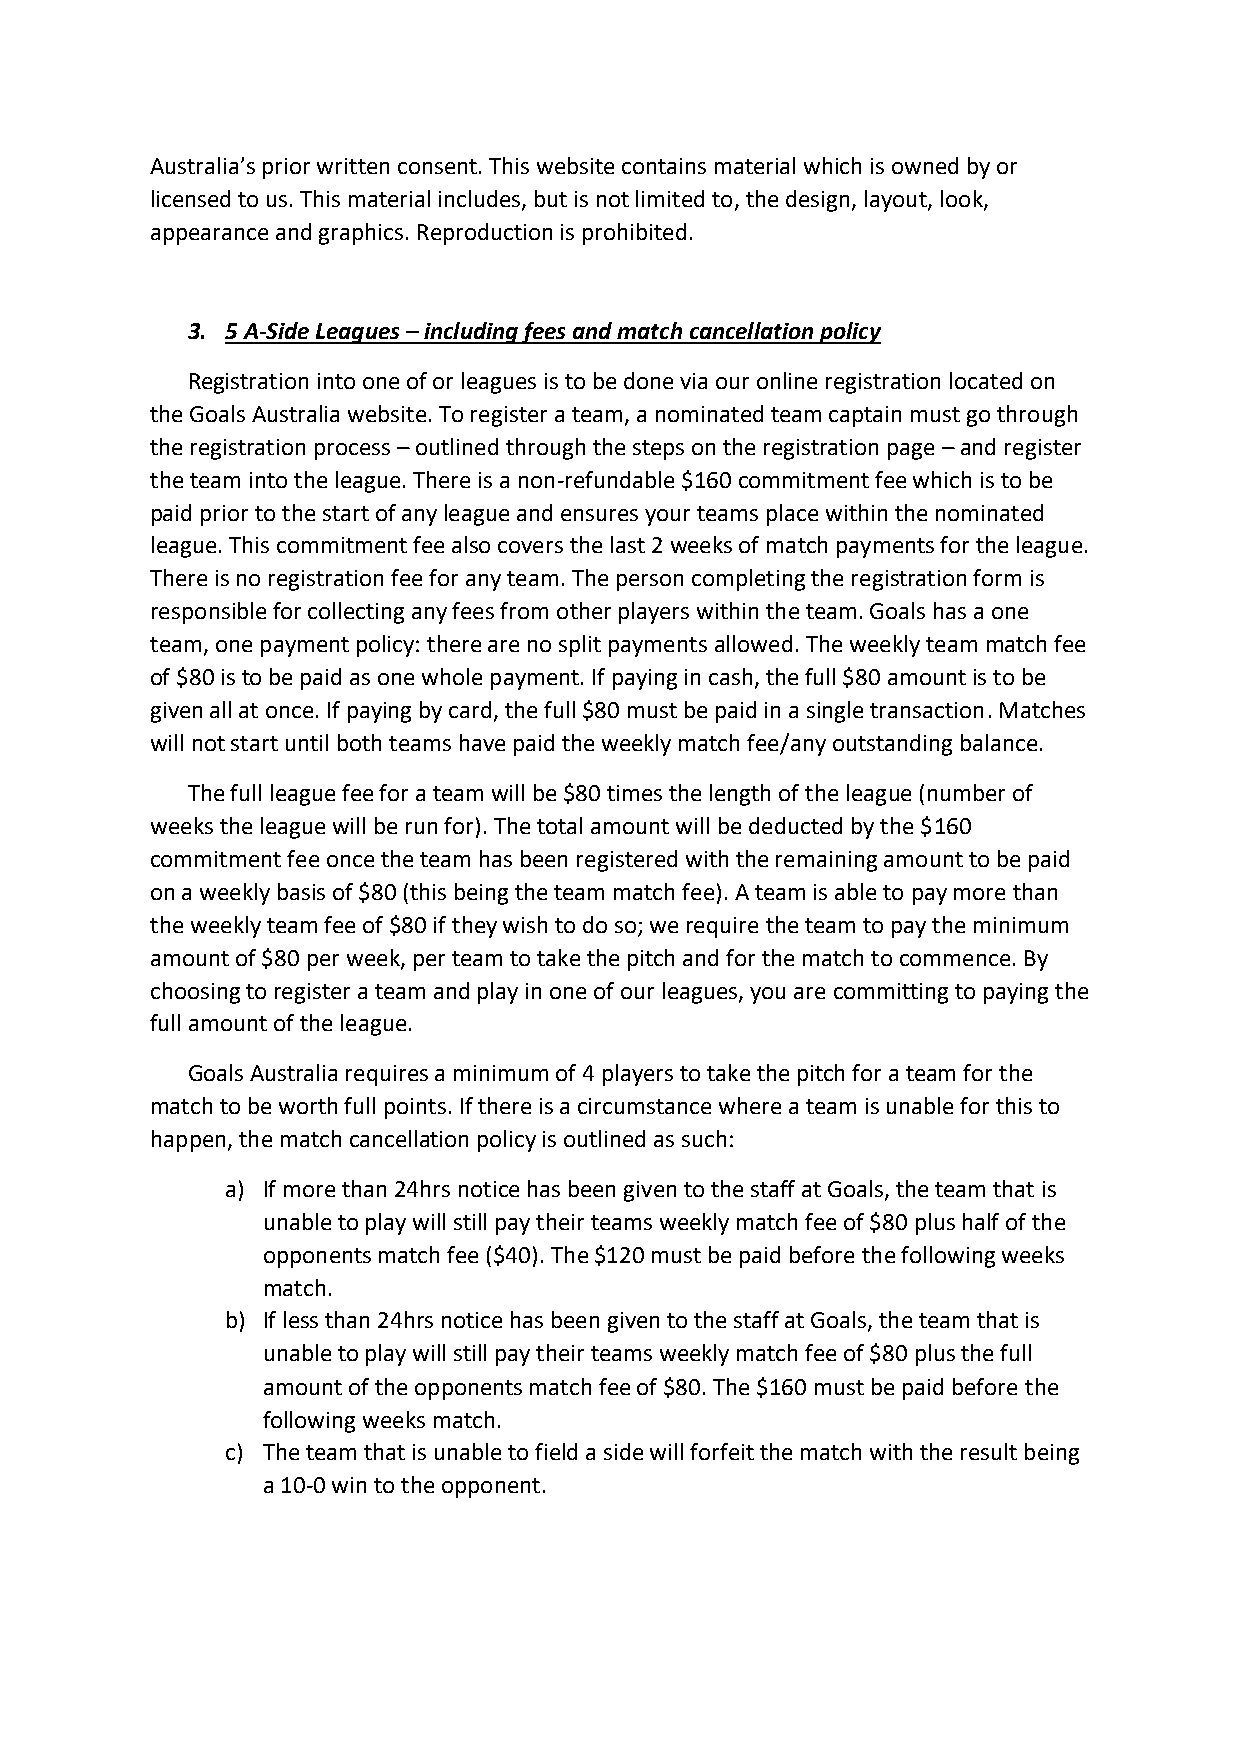
Australia’s prior written consent. This website contains material which is owned by or
 licensed to us. This material includes, but is not limited to, the design, layout, look,
 appearance and graphics. Reproduction is prohibited.
 3. 5 A-Side Leagues – including fees and match cancellation policy
 Registration into one of or leagues is to be done via our online registration located on
 the Goals Australia website. To register a team, a nominated team captain must go through
 the registration process – outlined through the steps on the registration page – and register
 the team into the league. There is a non-refundable $160 commitment fee which is to be
 paid prior to the start of any league and ensures your teams place within the nominated
 league. This commitment fee also covers the last 2 weeks of match payments for the league.
 There is no registration fee for any team. The person completing the registration form is
 responsible for collecting any fees from other players within the team. Goals has a one
 team, one payment policy: there are no split payments allowed. The weekly team match fee
 of $80 is to be paid as one whole payment. If paying in cash, the full $80 amount is to be
 given all at once. If paying by card, the full $80 must be paid in a single transaction. Matches
 will not start until both teams have paid the weekly match fee/any outstanding balance.
 The full league fee for a team will be $80 times the length of the league (number of
 weeks the league will be run for). The total amount will be deducted by the $160
 commitment fee once the team has been registered with the remaining amount to be paid
 on a weekly basis of $80 (this being the team match fee). A team is able to pay more than
 the weekly team fee of $80 if they wish to do so; we require the team to pay the minimum
 amount of $80 per week, per team to take the pitch and for the match to commence. By
 choosing to register a team and play in one of our leagues, you are committing to paying the
 full amount of the league.
 Goals Australia requires a minimum of 4 players to take the pitch for a team for the
 match to be worth full points. If there is a circumstance where a team is unable for this to
 happen, the match cancellation policy is outlined as such:
 a) If more than 24hrs notice has been given to the staff at Goals, the team that is
 unable to play will still pay their teams weekly match fee of $80 plus half of the
 opponents match fee ($40). The $120 must be paid before the following weeks
 match.
 b) If less than 24hrs notice has been given to the staff at Goals, the team that is
 unable to play will still pay their teams weekly match fee of $80 plus the full
 amount of the opponents match fee of $80. The $160 must be paid before the
 following weeks match.
 c) The team that is unable to field a side will forfeit the match with the result being
 a 10-0 win to the opponent.